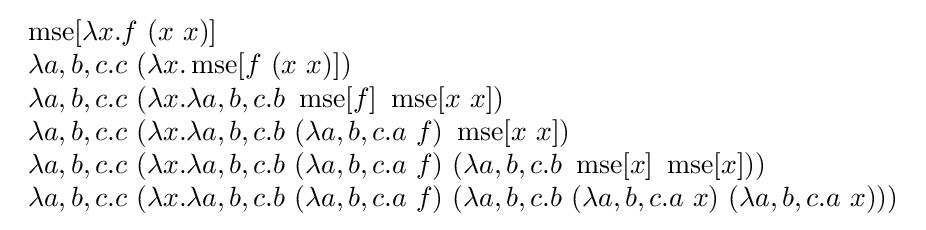
{\begin{array}{l}\operatorname {mse} [\lambda x.f\ (x\ x)]\\\lambda a,b,c.c\ (\lambda x.\operatorname {mse} [f\ (x\ x)])\\\lambda a,b,c.c\ (\lambda x.\lambda a,b,c.b\ \operatorname {mse} [f]\ \operatorname {mse} [x\ x])\\\lambda a,b,c.c\ (\lambda x.\lambda a,b,c.b\ (\lambda a,b,c.a\ f)\ \operatorname {mse} [x\ x])\\\lambda a,b,c.c\ (\lambda x.\lambda a,b,c.b\ (\lambda a,b,c.a\ f)\ (\lambda a,b,c.b\ \operatorname {mse} [x]\ \operatorname {mse} [x]))\\\lambda a,b,c.c\ (\lambda x.\lambda a,b,c.b\ (\lambda a,b,c.a\ f)\ (\lambda a,b,c.b\ (\lambda a,b,c.a\ x)\ (\lambda a,b,c.a\ x)))\end{array}}